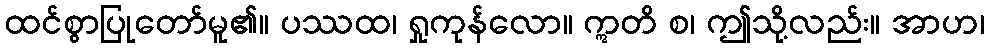
ထင်စွာပြုတော်မူ၏။ ပဿထ၊ ရှုကုန်လော။ ဣတိ စ၊ ဤသို့လည်း။ အာဟ၊